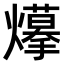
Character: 𤑮